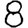
Digit: 8